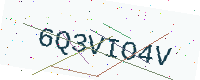
Text: 6Q3VIO4V